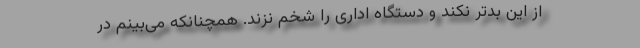
از این بدتر نکند و دستگاه اداری را شخم نزند. همچنانکه می‌بینم در